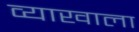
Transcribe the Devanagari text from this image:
व्‍याखाला